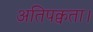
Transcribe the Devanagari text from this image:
अतिपक्वता।